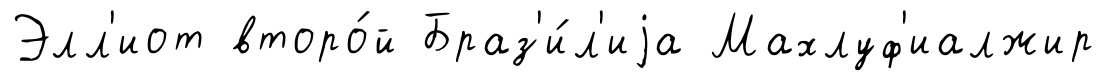
Элл'иот второ́й Браз'и́л'иjа Махлуф'иалжир